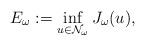
LaTeX: \begin{align*}E_{\omega}:=\inf_{u\in\mathcal{N}_{\omega}}J_{\omega}(u),\end{align*}